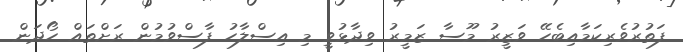
ފަތުރުވެރިކަމާއިބެހޭ ވަޒީރު މޫސާ ޒަމީރު ވިދާޅުވީ މި އިސްލާހު ފާސްވުމުން ރަށްތައް ހޯދަން